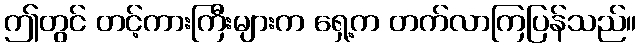
ဤတွင် တင့်ကားကြီးများက ရှေ့က တက်လာကြပြန်သည်။